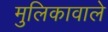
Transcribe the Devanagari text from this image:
मुलिकावाले